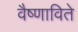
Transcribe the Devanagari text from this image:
वैष्णाविते